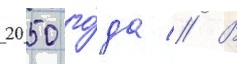
2050 го́да // В